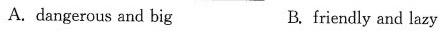
A. dangerous and big B. friendly and lazy